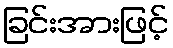
ခြင်းအားဖြင့်